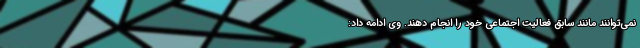
نمی‌توانند مانند سابق فعالیت اجتماعی خود را انجام دهند. وی ادامه داد: